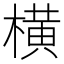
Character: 横